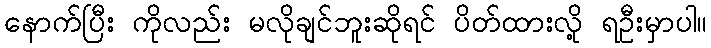
နောက်ပြီး ကိုလည်း မလိုချင်ဘူးဆိုရင် ပိတ်ထားလို့ ရဦးမှာပါ။